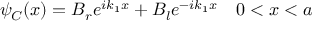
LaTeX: \psi _ { C } ( x ) = B _ { r } e ^ { i k _ { 1 } x } + B _ { l } e ^ { - i k _ { 1 } x } \quad 0 < x < a